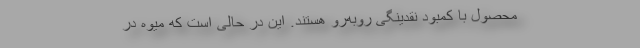
محصول با کمبود نقدینگی روبه‌رو هستند. این در حالی است که میوه در